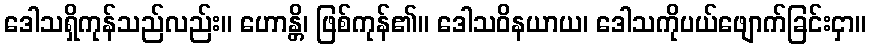
ဒေါသရှိကုန်သည်လည်း။ ဟောန္တိ၊ ဖြစ်ကုန်၏။ ဒေါသဝိနယာယ၊ ဒေါသကိုပယ်ဖျောက်ခြင်းငှာ။